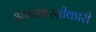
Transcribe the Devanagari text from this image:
अपराधस्वीकारी